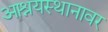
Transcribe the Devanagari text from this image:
आश्रयस्थानावर